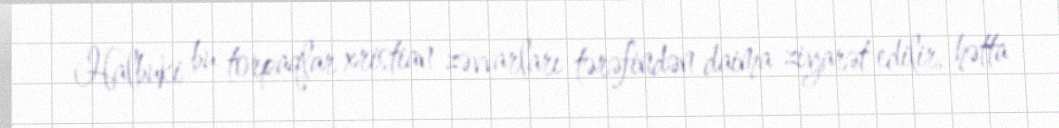
Halbuki bu torpaqlar xristian zəvvarları tərəfindən daima ziyarət edilir, hətta